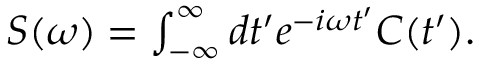
\begin{array} { r } { S ( \omega ) = \int _ { - \infty } ^ { \infty } d t ^ { \prime } e ^ { - i \omega t ^ { \prime } } C ( t ^ { \prime } ) . } \end{array}